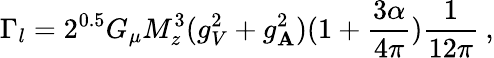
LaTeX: \Gamma_{l}=2^{0.5}G_{\mu}M_{z}^{3}(g_{V}^{2}+g_{\mathbf{A}}^{2})(1+\frac{{3\alpha}}{{4\pi}})\frac{{1}}{{12\pi}}\: ,